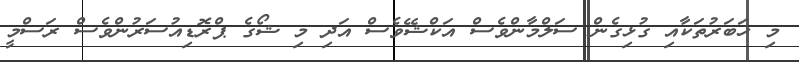
މި ޚަބަރުތަކާއި ގުޅިގެން ސަލްމާންވެސް އަކްޝޭވެސް އަދި މި ޝޯގެ ޕްރޮޑިއުސަރުންވެސް ރަސްމީ